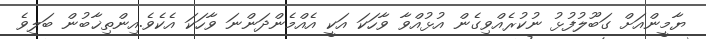
ޔާމީންއަށް ގަބޫލުފުޅު ނުކުރެއްވިގެން އުޅުއްވާ ވާހަކަ އަކީ އެއްމެންދަންނަ ވާހަކަ އެކެވެ.އިންތިޚާބުން ބަލިވެ